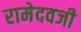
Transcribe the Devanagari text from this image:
रामेदवजी